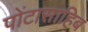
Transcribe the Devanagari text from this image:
पोंटासाहिब